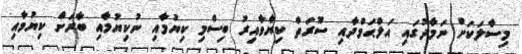
މިސާލަކަށް ނަމާދުގައި އަލްޙަމްދާއި ސޫރަތް ކިޔާވާއިރު ބިސްމި ކިޔުމާއި ނުކިޔުމާއި ބާރަށް ކިޔުމާއި